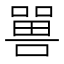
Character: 嘼